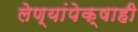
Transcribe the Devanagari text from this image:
लेण्यांपेक्षाही